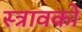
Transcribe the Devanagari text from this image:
स्त्रावकों